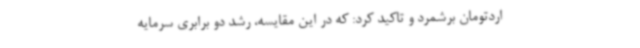
اردتومان برشمرد و تاکید کرد: که در این مقایسه، رشد دو برابری سرمایه